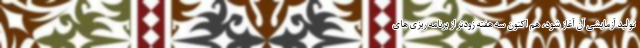
تولید آزمایشی آن آغاز شود، هم اکنون سه هفته زودتر از برنامه ریزی های